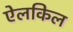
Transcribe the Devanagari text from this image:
ऐलकिल